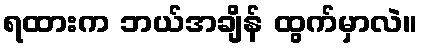
ရထားက ဘယ်အချိန် ထွက်မှာလဲ။